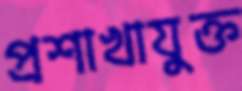
প্রশাখাযুক্ত